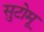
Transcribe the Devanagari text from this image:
सुटोमू